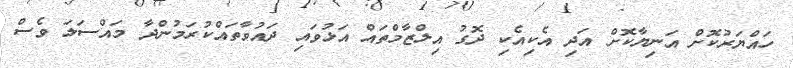
ހައްޔަރުކޮށް އަނިޔާކޮށް އަދި އެކިއެކި ދޮގު އިލްޒާމްތައް އަޅުވައި ދައުވާތައްކުރަމުންދާ މައްސަލަ ވެސް